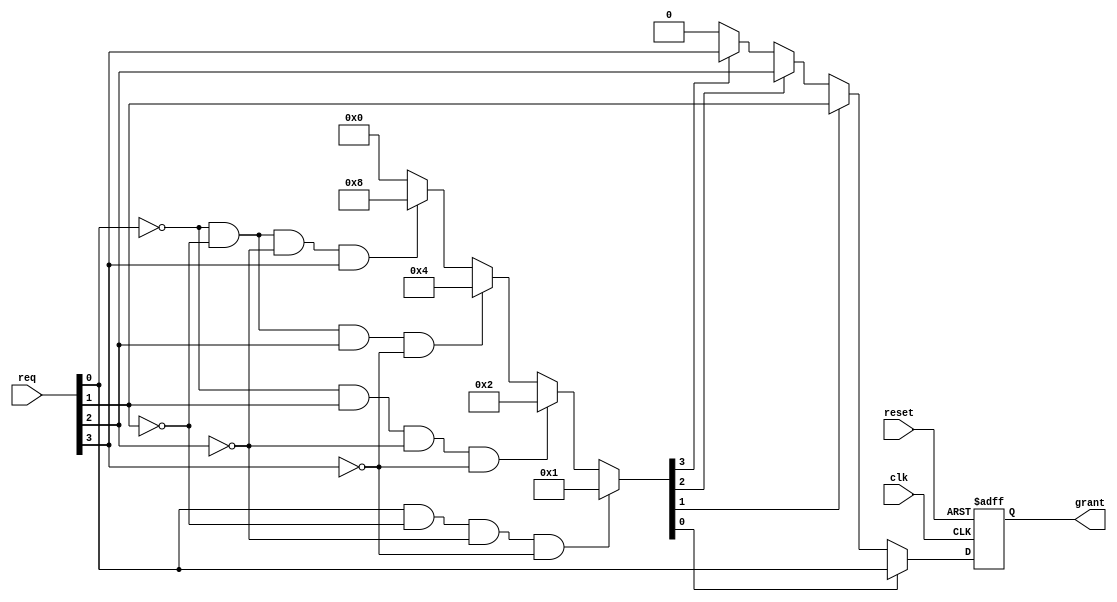
module arbiter (
    input 		clk,       	// clock signal
    input 		reset,     	// reset signal
    input 	[3:0] req,      	// input request signals
    output reg 	grant       	// output grant signal
);

// Internal signals
reg [3:0] priority; 	// priority of each request
reg  grant_req;    	// request to grant

// Assign priority to each request based on predefined criteria
always @* begin
    if (req[0] && !req[1] && !req[2] && !req[3])
        priority = 4'b0001;
    else if (!req[0] && req[1] && !req[2] && !req[3])
        priority = 4'b0010;
    else if (!req[0] && !req[1] && req[2] && !req[3])
        priority = 4'b0100;
    else if (!req[0] && !req[1] && !req[2] && req[3])
        priority = 4'b1000;
    else
        priority = 4'b0000;  // Default priority
end

// Arbitration logic to determine grant request
always @* begin
    grant_req = 0;
    if (priority[0]) begin
        grant_req = req[0];
    end else if (priority[1]) begin
        grant_req = req[1];
    end else if (priority[2]) begin
        grant_req = req[2];
    end else if (priority[3]) begin
        grant_req = req[3];
    end
end

// Synchronize grant request with clock
always @(posedge clk, posedge reset) begin
    if (reset)
        grant <= 0;
    else
        grant <= grant_req;
end

endmodule